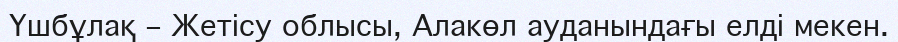
Үшбұлақ – Жетісу облысы, Алакөл ауданындағы елді мекен.